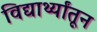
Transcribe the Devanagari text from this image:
विद्यार्थ्यांतून